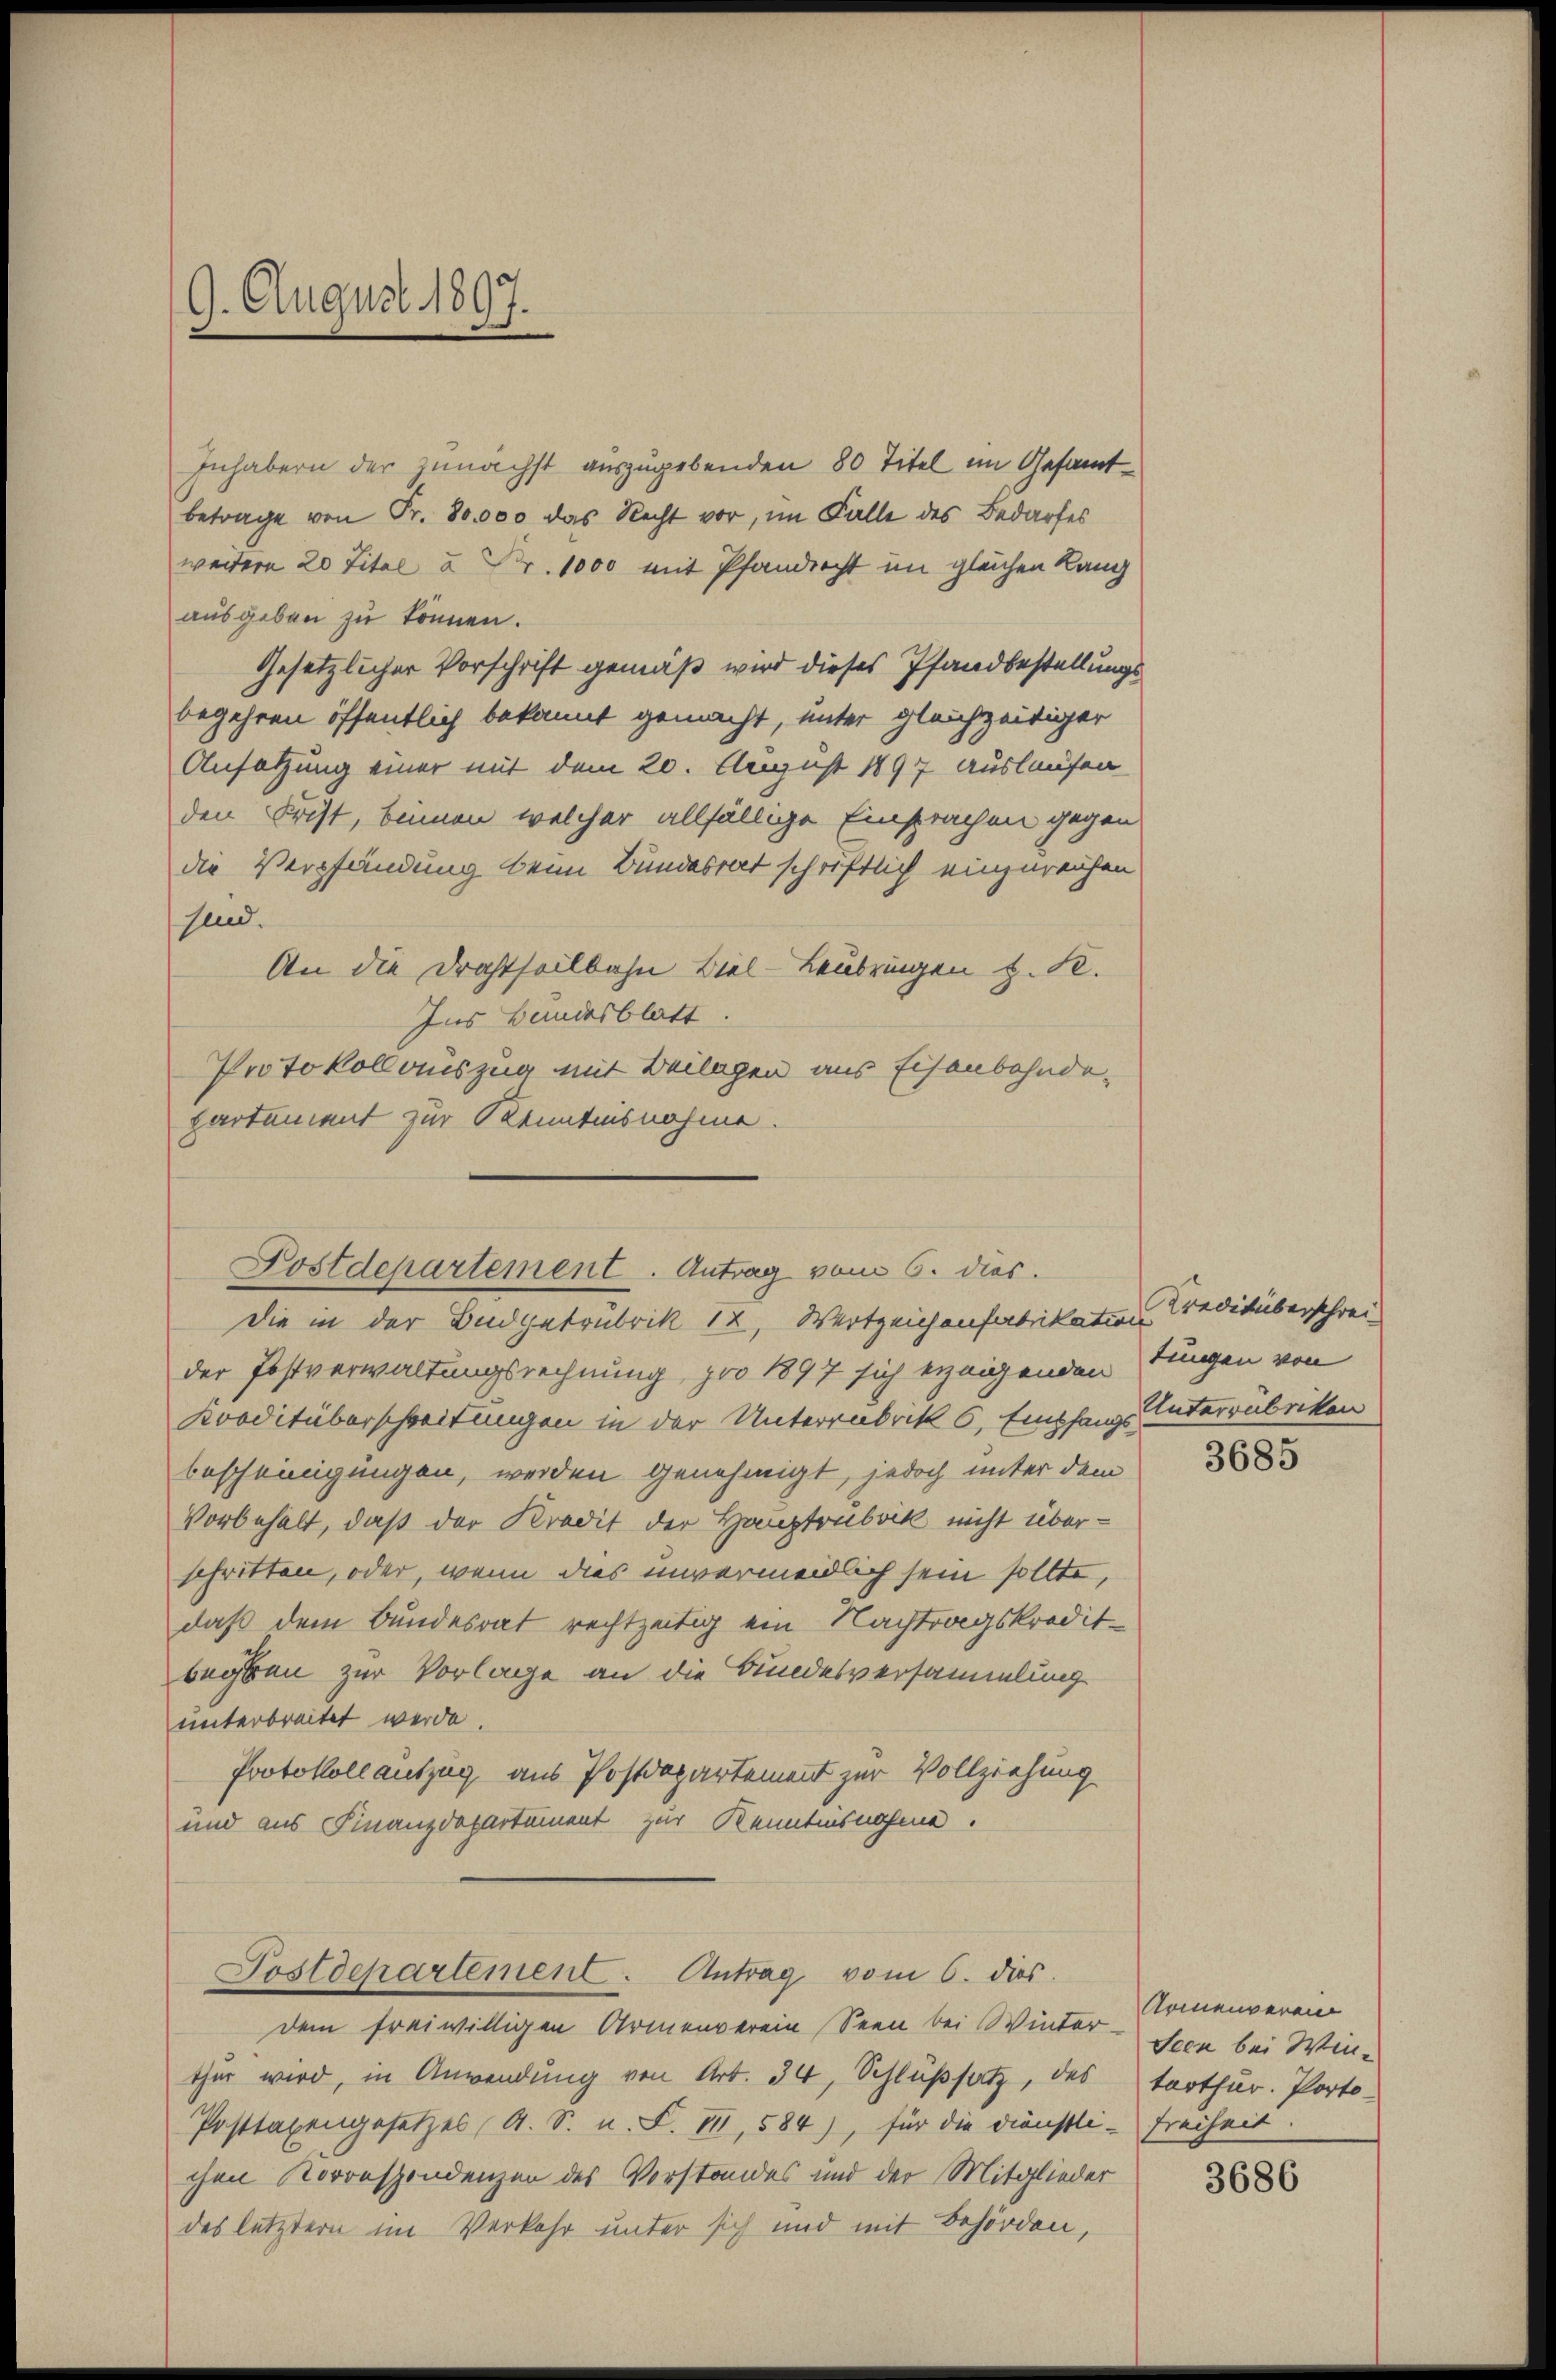
9. August 1897.

Inhabern der zunächst auszugebenden 80 Titel im Gesamt-
betrage von Fr. 80,000 das Recht vor, im Falle des Bedarfes
weitere 20 Titel u Fr. 1000 mit Pfandrecht im gleichen Rang
ausgeben zu können.
Gesetzlicher Vorschrift gemäß wird dieses Pfandbestellungsbegehren öffentlich bekannt gemacht, unter gleichzeitiger
Ansatzung einer mit dem 20. August 1897 auslaufen
den Frist, binnen welcher allfällige Einsprachen gegen
die Verpfändung beim Bundesrat schriftlich einzureichen
sind.
An die Drahtheilbahn Biel-Laubringen z. R.
Ins Bundesblatt.
Protokollauszug mit Beilagen aus Eisenbahnde-
partement zur Kenntnisnahme.

Fostdepartement. Antrag vom 6. dies.
die in der Budgetrubrik 12, Wertzeichenfabrikation Crediküberschrei-

der Postverwaltungsrechnung, pro 1897 sich erzeigenden Lungen von
Kooditüberschreitungen in der Unterrabrik 6, Emshang unterrubriken
bescheinigungen, werden genehmigt, jedoch unter dem
Vorbehalt, daß der Kredit der Hauptrubrik nicht überschritten, oder, wenn dies unvermeidlich sein sollte,
daß dem Bundesrat rechtzeitig ein Nachtragskredit-
begben zur Vorlage an die Bundesversammlung
unterbreitet werde.
Protokoll auszug aus Postdepartement zur Vollziehung
und aus Finanzdepartement zur Kenntnisnahme.

Postdepartement. Antrag vom 6. dies

dem freiwilligen Armenverein Seen bei Winter Armenverein
thur wird, in Anwendung von Art. 34, Schlußsatz, des
Posttaxengesetzes (A. S. n. F. VII, 584), für die dünstli- Freiheit.
chen Korrespondenzen des Vorstandes und der Mitglieder
des letztern im Verkehr unter sich und mit Behörden,

3685

Seen bei Win-
tarthur. Porto-

3686